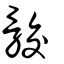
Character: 骹